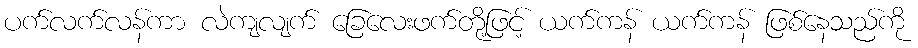
ပက်လက်လန်ကာ လဲကျလျက် ခြေလေးဖက်တို့ဖြင့် ယက်ကန် ယက်ကန် ဖြစ်နေသည်ကို